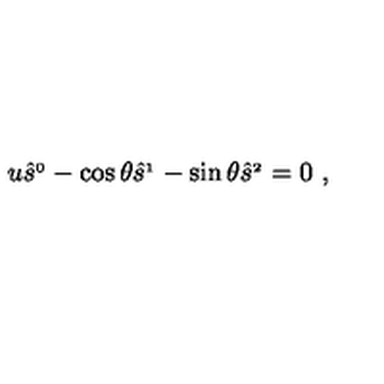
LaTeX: u \hat { s } ^ { _ 0 } - \cos \theta \hat { s } ^ { _ 1 } - \sin \theta \hat { s } ^ { _ 2 } = 0 \ ,